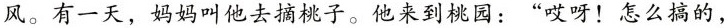
风。有一天，妈妈叫他去摘桃子。他来到桃园：”哎呀！怎么搞的，